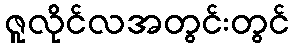
ဇူလိုင်လအတွင်းတွင်